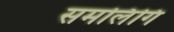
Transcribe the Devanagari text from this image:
समलिंगि